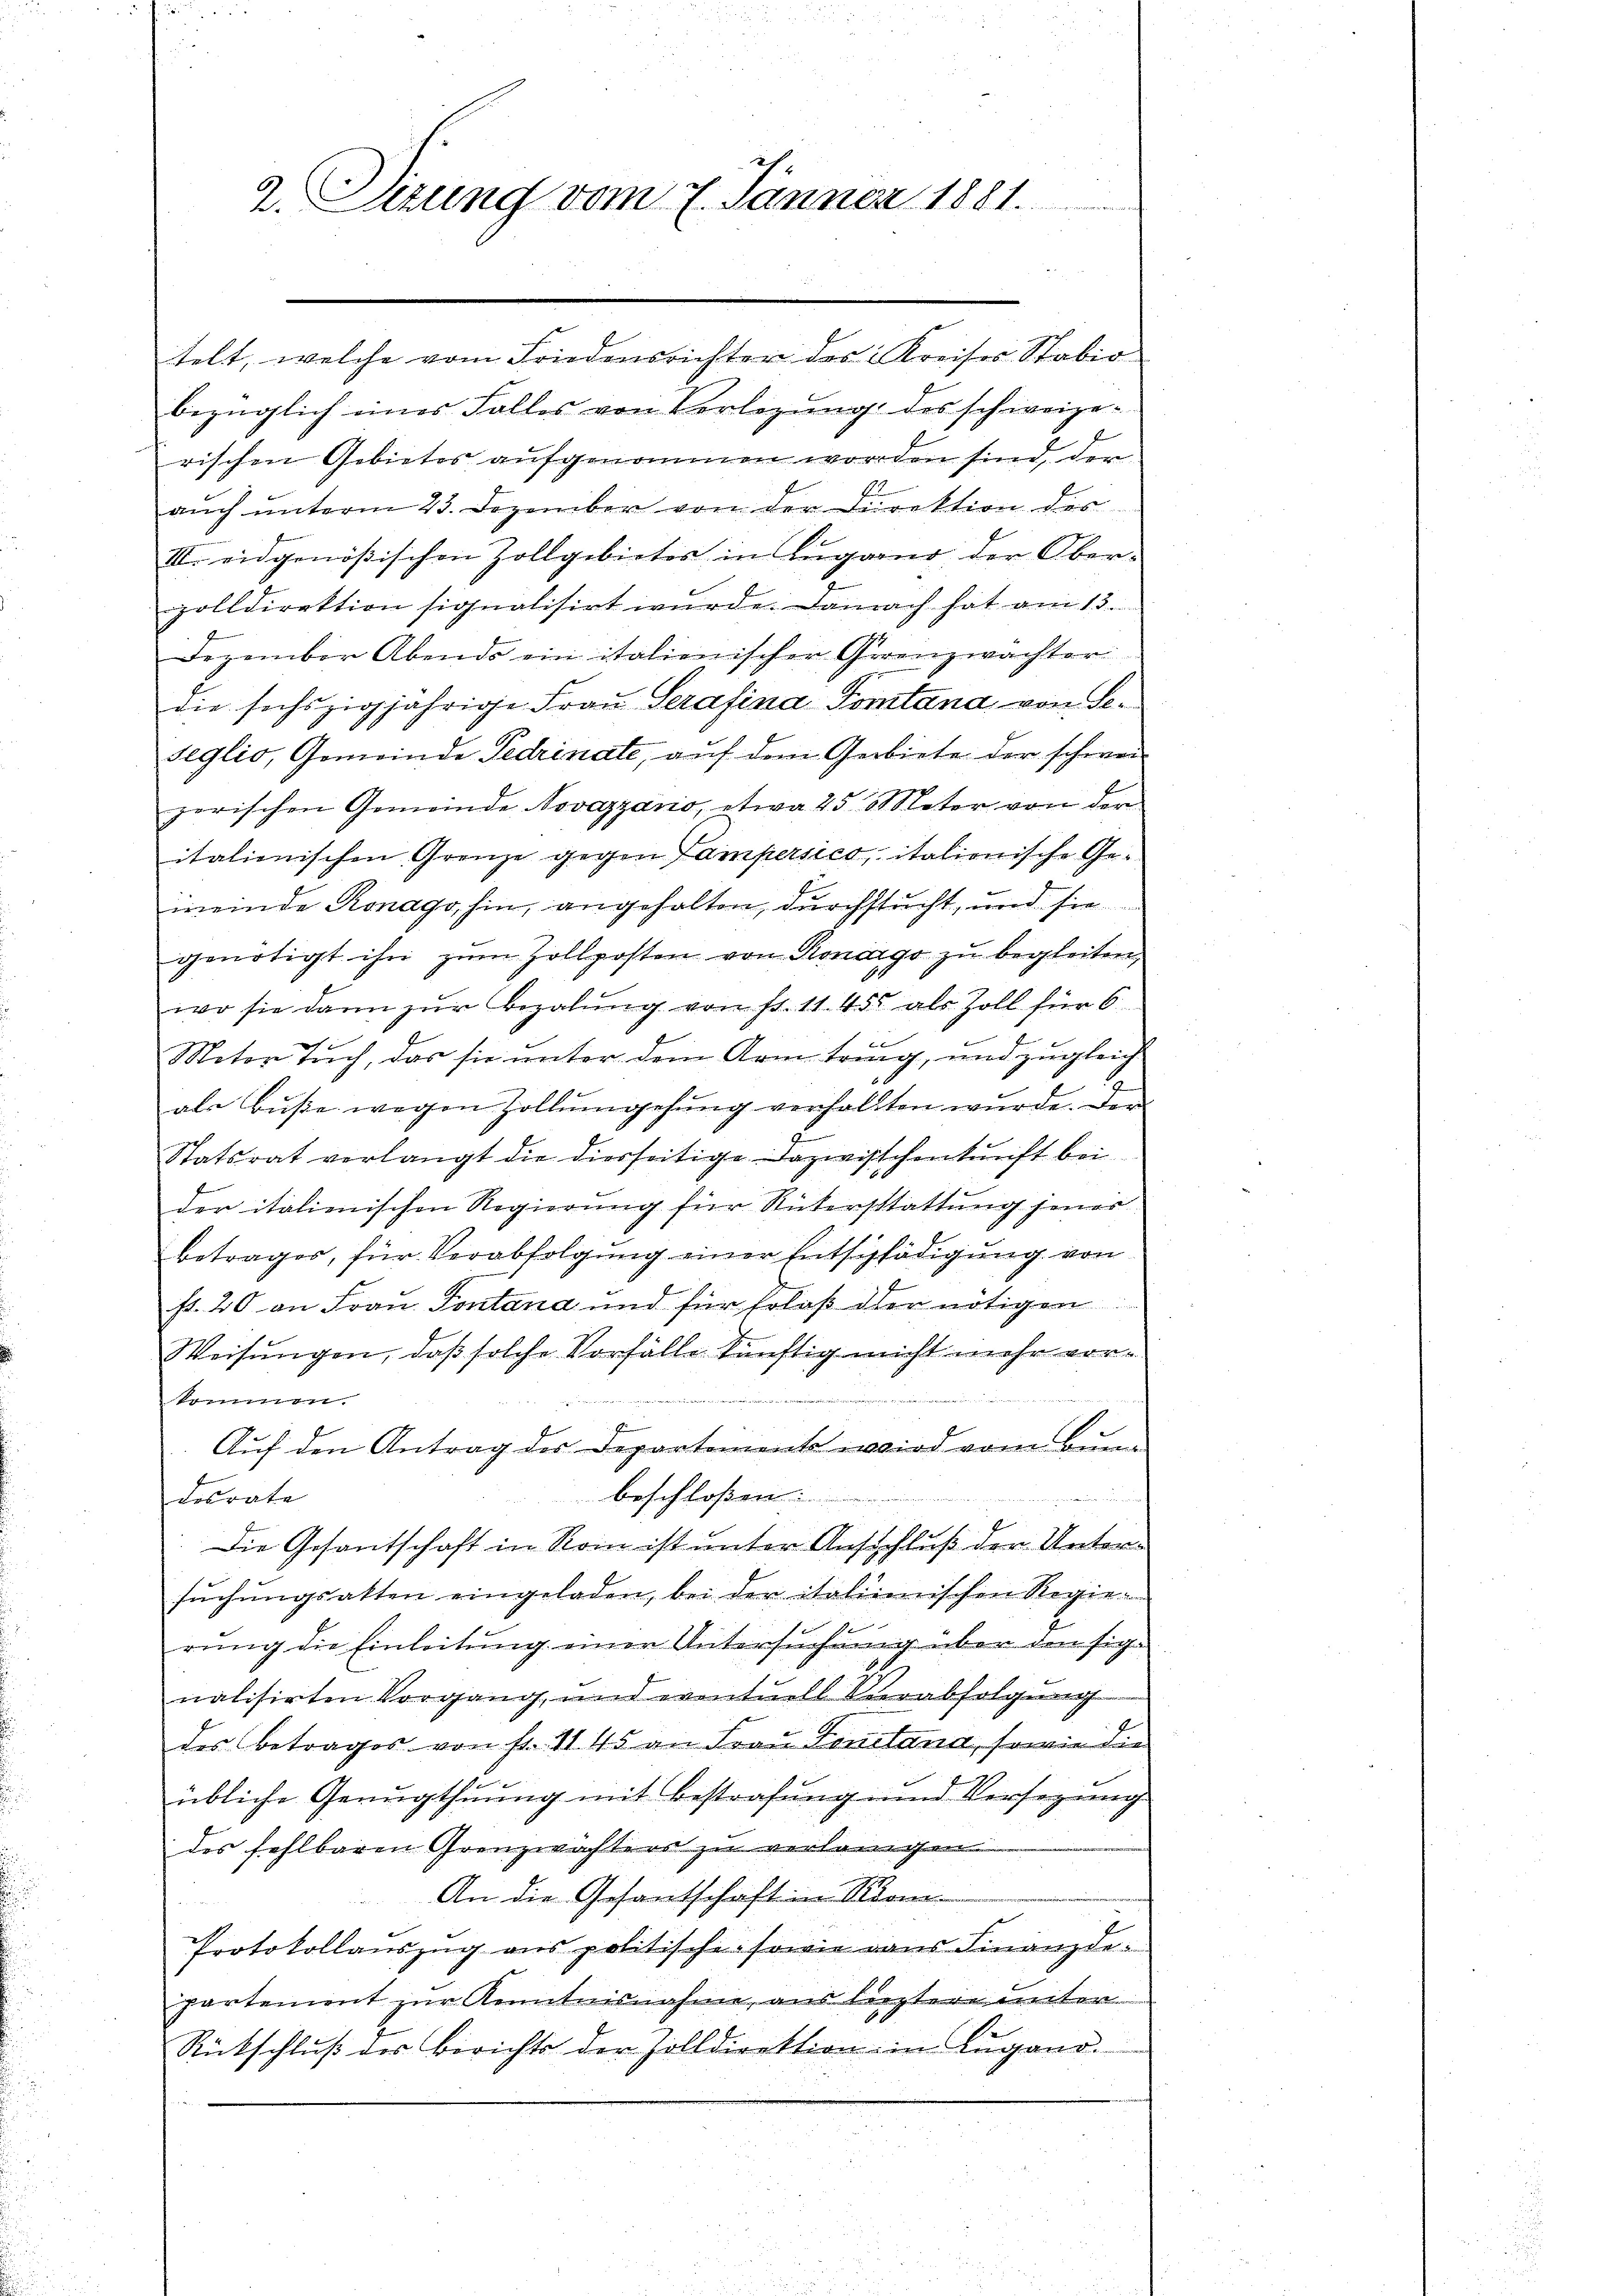
2. Sizung vom 7. Jänner 1881.

telt, welche vom Friedensrichter des Kreises Stabio
bezüglich eines Falles von Verlegŭng des schweize-
rischen Gebietes aufgenommen worden sind, der
auch unterm 23. Dezember von der Direktion des
III. eidgenössischen Zollgebietes in Lugano der Ober-
zolldirektion signalisirt wŭrde. Danach hat am 13.
Dezember Abends ein italienischer Grenzwachter
die sechszigjährige Frau Serafina Tomtana, von Se¬
Seglio, Gemeinde Fedrinate, auf dem Gebiete der schweizerischen Gemeinde Novazzano, etwa 25 Meter von der
italienischen Grenze gegen Lampersico, italionische Gemeide Ronago, hin, angehalten, durchstucht, und sie
genötigt ihn zum Zollposten von Ronargo zu begleiten,
wo sie dann zŭr Bezalŭng von fr. 11. 455 als Zoll für 6
Meter Tuch, das sie unter dem Arm tring, und zugleich
als Buße wegen Zollumgehung verhaltten wurde. Der
Statsrat verlangt die dierseitige Dazwischenkunft bei
der italienischen Regierung für Rükerstattung jenes
beträger, für Verabfolgung einer Entschädigung von
fr. 20 an Frau Pontana und für solaß der nötigen
Weisungen, daß solche Vorfälle künftig nicht mehr vorkommen.
Auf den Antrag der Departements wird vom Bunbeschloßen:
desrate
Die Gesantschaft in Rom ist unter Ausschluß der Untersuchungsakten eingeladen, bei der italienischen Regierung die Einleitung einer Untersuchung über den signalisirten Vorgang, und eventuell Verabfolgung
des Betrages von fr. 1145 an Fraŭ Fenstand, sowie die
übliche Genugthuung mit Bestrafung und Versezungs
des fehlbaren Grenzwachters zu verlangen
An die Gesantschaft in Rion
Protokollauszug aus politische sowie dans Finanzdepartement zur Kenntnisnahme aus leztere weiter
Rückschlŭβ der Berichts der Zolldirektion in Lugano.